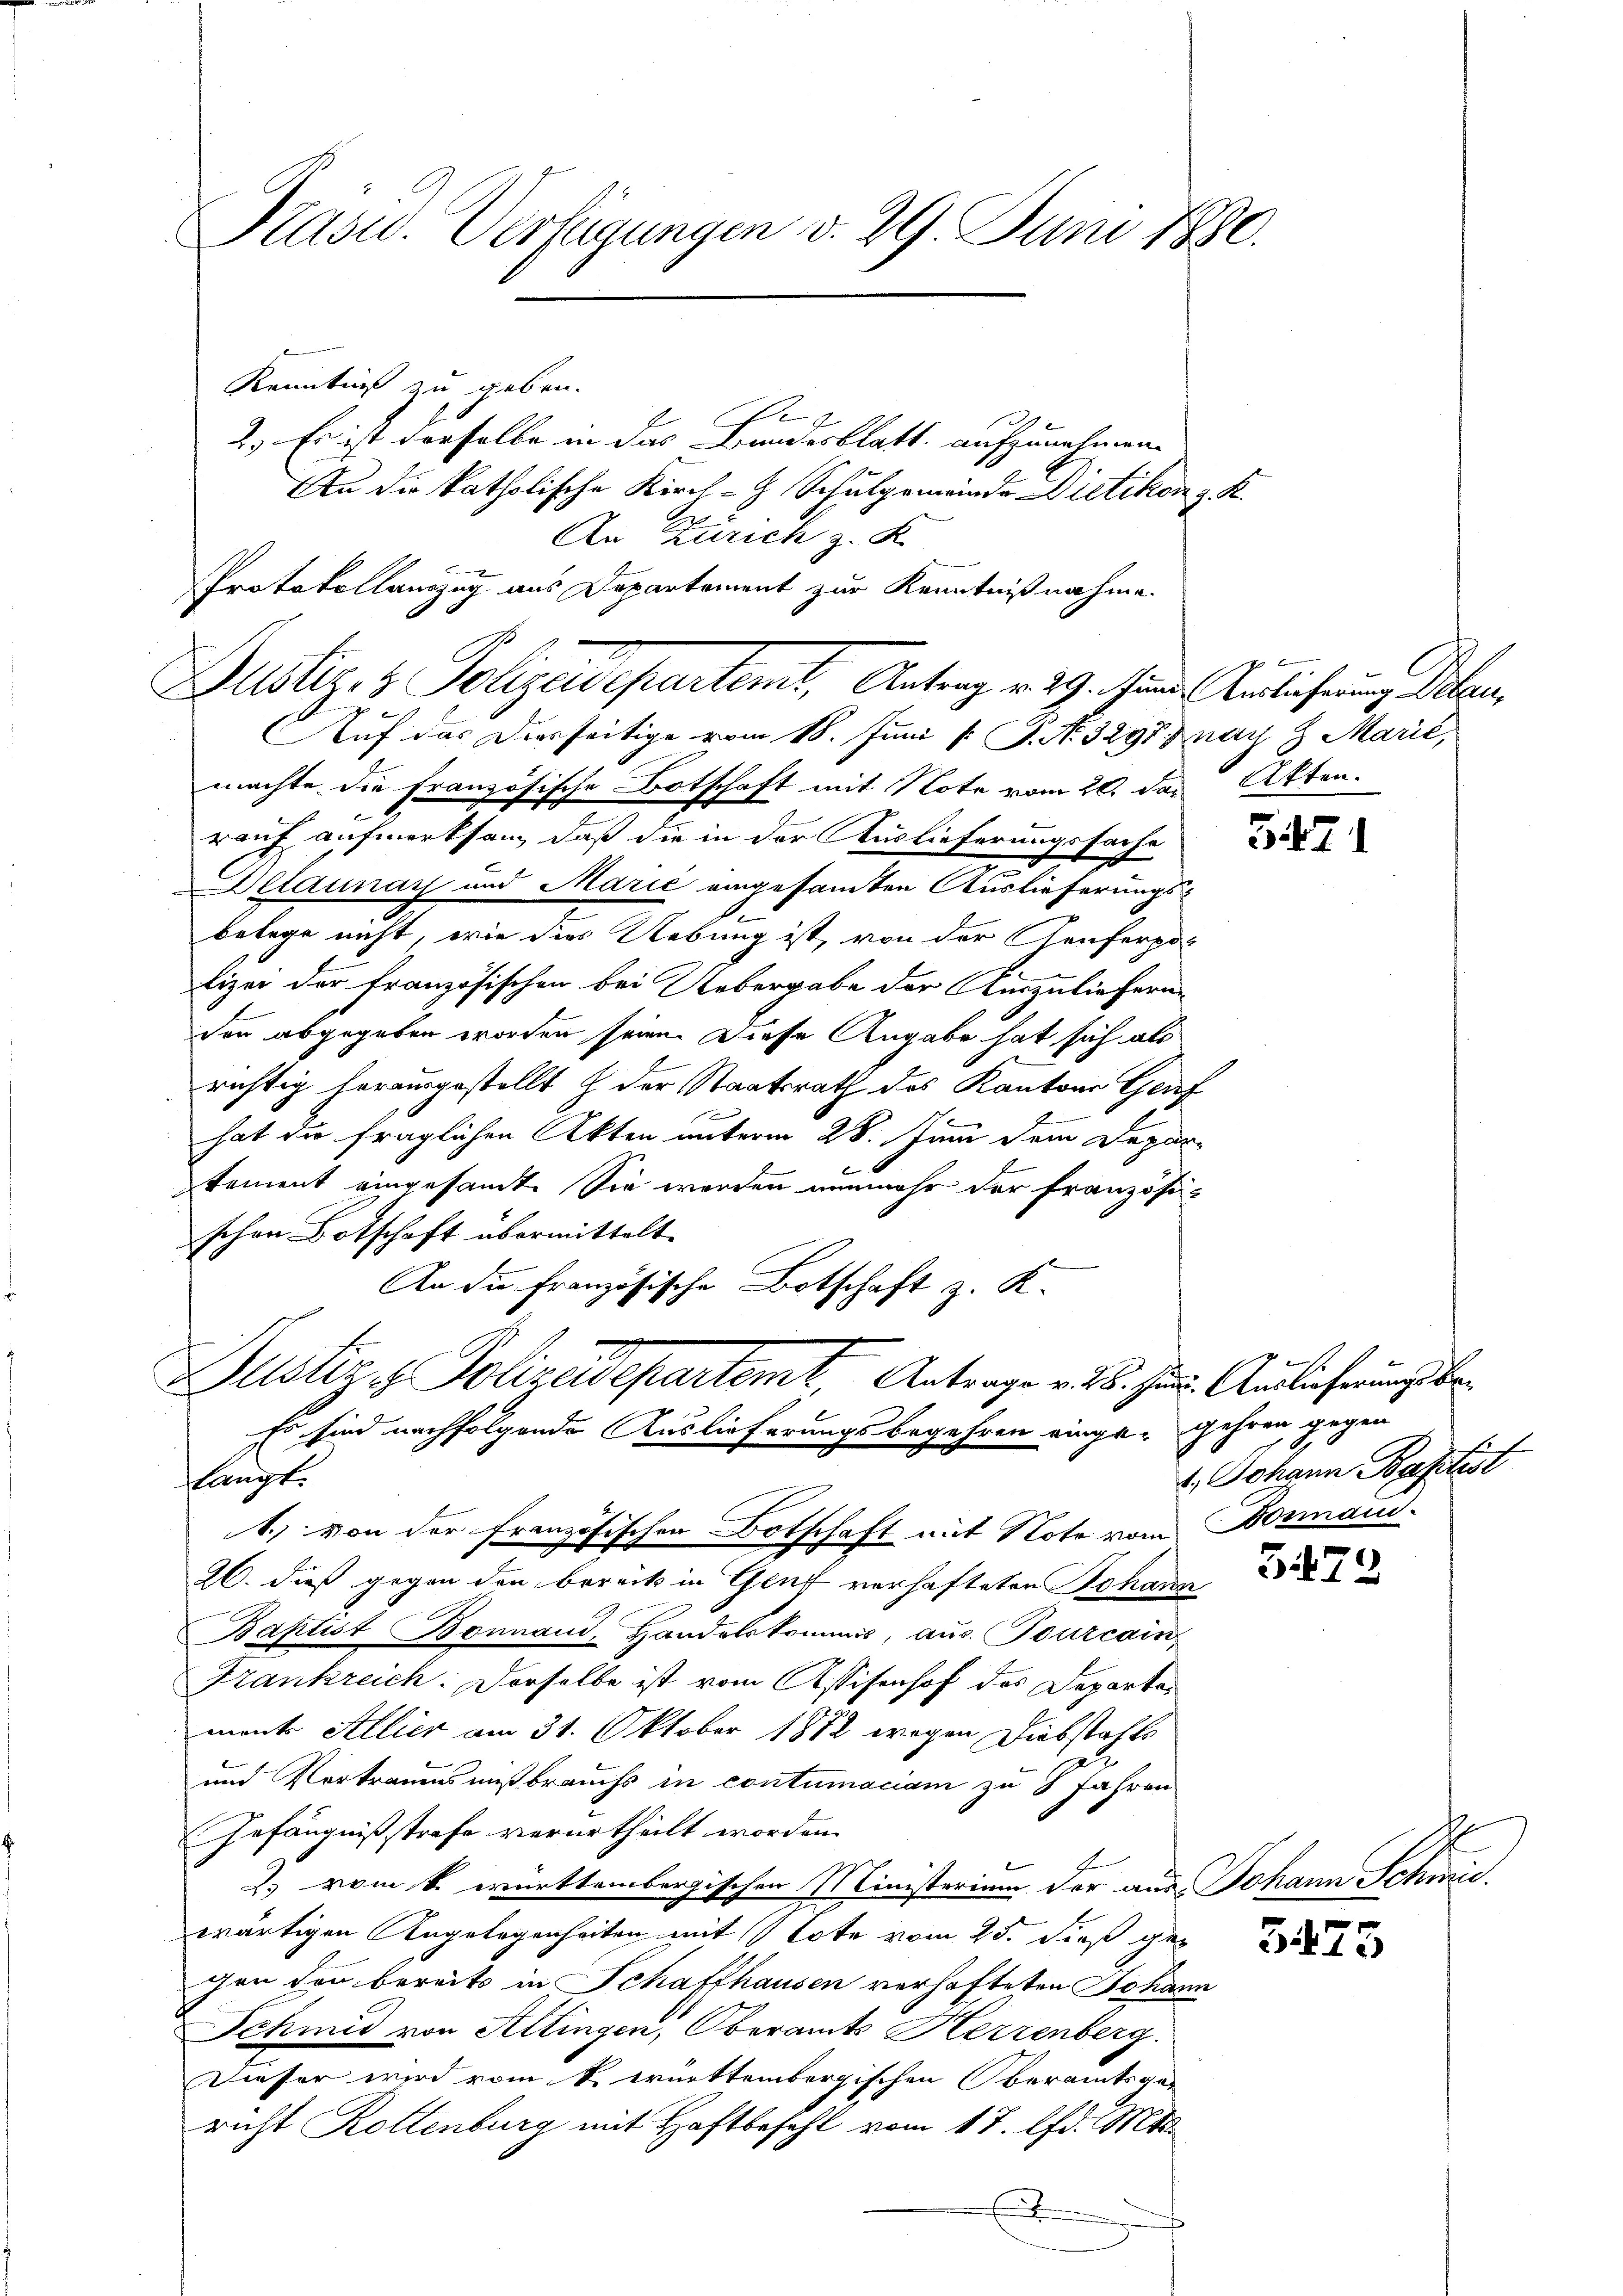
Präsid.. Verfügungen v. 29. Juni 1880.

Kenntniß zu geben.
e
2.) Es ist derselbe in das Bundesblatt aufzunehmen.
An die katholische Kirch- & Schulgemeinde Dietikon z. K.
.
An Zürich z. K.
Protokollauszug aus Departement zur Kenntnißnahme.
Justiz- & Polizeidepartent, Antrag v. 29. Juni Auslicherung Siben,
Auf das Diesseitige vom 18. Juni l. J. No. 3295 nay 8 Marić,
machte die französische Botschaft mit Note vom 20. das Akten.
rauf aufmerksam, daß die in der Auslieferungssache
Delaunay und Marić eingesamten Auslieferungsbelege nicht, wie dies Uebung ist, von der Genferpol
lizei der Französischen bei Uebergabe der Auszuliefern
den abgegeben worden seine. Diese Angabe hat sich als
richtig herausgestellt & der Staatsrath des Kantone Genf
hat die fraglichen Akten unterm 28. Juni dem Departement eingesandt. Sie werden nunmehr der französi-
schen Botschaft übermittelt.
An die Französische Botschaft z. K.
Justiz & Polizeidepartemt, Antrage v. 26. Jun. Auslicherungs be
Es sind nachfolgende Auslieferungsbegehren einge. Gehren gegen
flangt.
1.) Von der Französischen Botschaft mit Note vom Bonnand
26. dieß gegen den bereits in Genf verhafteten Johann
Baptist Bonnaud, Handelskommis, aus Bourcain
Frankreich: Derselbe ist vom Assisenhof des Departament Allier am 31. Oktober 1872 wegen Diebstahls
2
und Vertrauensmißbrauchs in contumaciam zu 8 Jahren
Gefängnißstrafe verurtheilt worden.
2. vom k. württembergischen Ministerium der aus Johann Schmid
wärtigen Angelegenheiten mit Tote vom 25. dieß ge
gen den bereits in Schaffhausen verhafteten Johann
Schmid von Attingen, Oberamts Herzenberg.
Dieser wird vom k. württembergischen Oberamtsge-
richt Rottenburg mit Haftbefehl vom 17. d. Mts.
E

f
1. Johann Baptist

3471